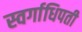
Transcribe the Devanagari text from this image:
स्वर्गाधिपती